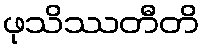
ဖုသိဿတီတိ